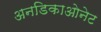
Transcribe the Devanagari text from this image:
अनडिकाओनेट